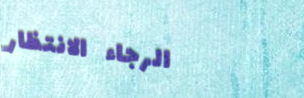
الرجاء الانتظار